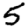
Digit: 5